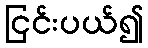
ငြင်းပယ်၍